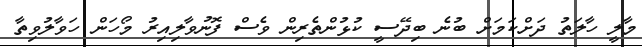
މާލީ ހާލަތު ދަށްކަމަށް ބުނެ ބިދޭސީ ކުޅުންތެރިން ވެސް ފޮނުވާލިއިރު މޯހަން ހަވާލުވިތާ